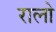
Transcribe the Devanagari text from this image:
रालो